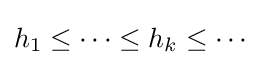
h_{1}\leq \cdots \leq h_{k}\leq \cdots